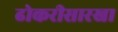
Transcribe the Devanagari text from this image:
ढोकरीसारखा